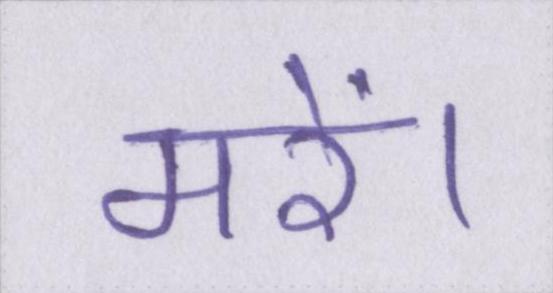
मरें।